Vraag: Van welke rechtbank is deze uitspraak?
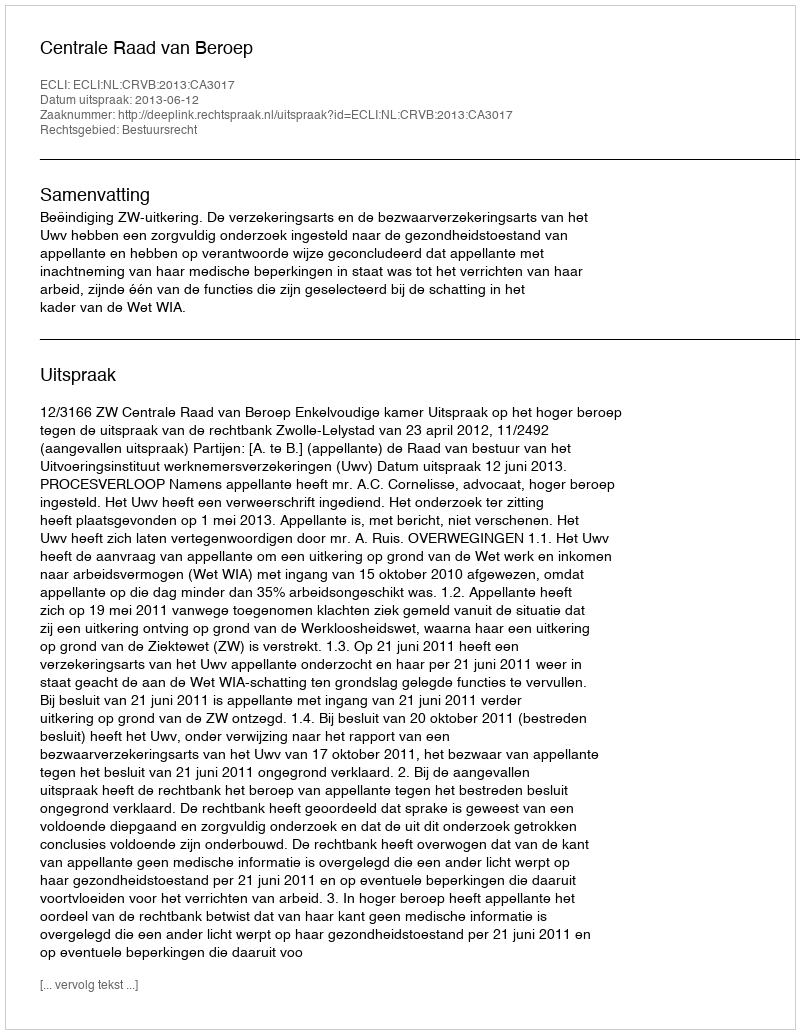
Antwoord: Centrale Raad van Beroep